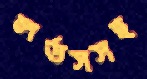
লর্ডসসহ